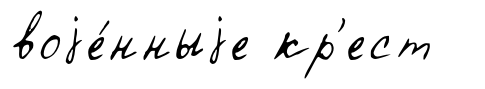
воjе́нныjе кр'ест